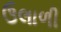
ઉલાળી